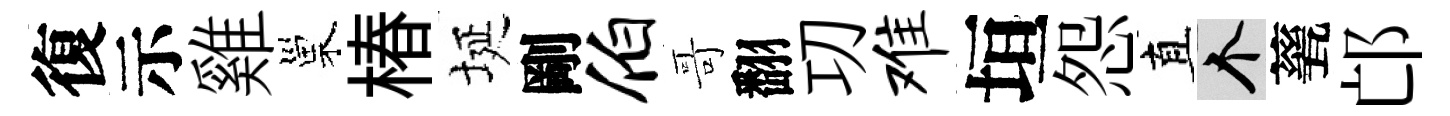
復示雞巢椿埏剛伯哥翻㓛难垣怨直个甆邙